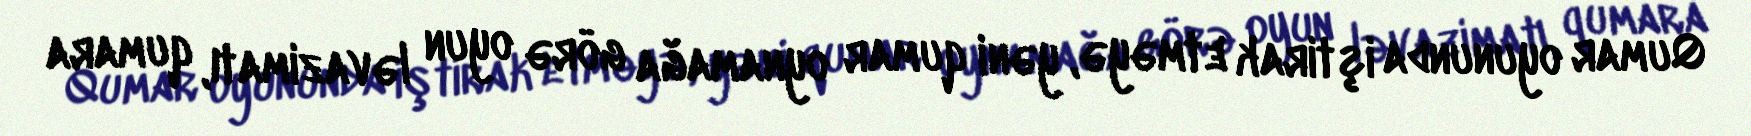
Qumar oyununda iştirak etməyə, yəni qumar oynamağa görə oyun ləvazimatı, qumara